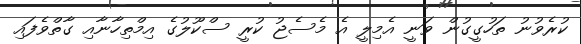
ކުރެވުނު ތަހުގީގުން ވަނީ އެމިލީ އެ މެސެޖު ކުރީ ސްކޫލުގެ އިމްތިހާނާއި ގާތްވެފައި